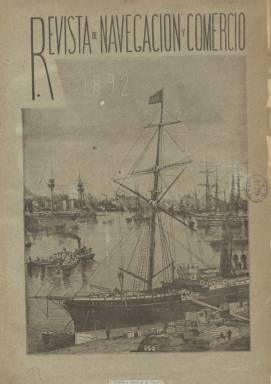
Título: Revista de navegación y comercio
Colección: Navegación
Ámbito geográfico: Madrid
Lugar de publicación: Madrid
Fechas: 10/01/1892-30/12/1899

Publicación especializada en la marina mercante y militar y el comercio marítimo, que comienza a publicarse en 1889, en un momento en el que la construcción naval española ha alcanzado una relativa prosperidad. La colección de la BNE se inicia en su cuarto año de edición, cuando lleva a cabo una serie de mejoras, como la de dotarse de una sección específica para dar cuenta de los asuntos y graves problemas internacionales que afectan a la navegación.

Es dirigida por el escritor santanderino José Díaz de Quijano, y publicará una sección o Boletín de la Compañía Trasatlántica, por lo que se ha considerado a la revista como órgano oficioso de la citada empresa. En 1892 aparece los días 10, 20 y 30 de cada mes; en 1893 aparecerá el día quince de cada mes, y al año siguiente, los días 15 y 30. Dependiendo de su periodicidad, su paginación será distinta, desde las 16 hasta las 48 páginas.

Publica interesantes trabajos biográficos, técnicos, estadísticos, de legislación de navegación, tanto nacional como internacional, geografía comercial, bibliografía marítima, noticias comerciales y de navegación y variedades. Destacan también sus ilustraciones, fotografías de buques y sus máquinas, planos, mapas, retratos, puertos, astilleros y aparatos e inventos marítimos, así como reproducciones artísticas referentes al mundo naval y marítimo. Algunas de ellas en policromía.

Dispone de cubiertas ilustradas e inserta anuncios comerciales. También ofrece artículos descriptivos de los principales astilleros del mundo, con vistas y planos de los mismos, y ofrece unos cuadernos aparte con la Guía marítimo mercantil de los puertos de la península ibérica, de José Ricart Giralt. Cada número comienza con un sumario, y en 1894 ofrece un índice.

Cuenta con un nutrido número de colaboradores, especialistas en la navegación marítima, y entre sus firmas aparecen, además de la del citado Ricart Giralt, las de Juan A Molinas, E. Bonelli, Federico Montaldo, F. González Arias, G. Reparaz o Antonio Terry; publicando también textos narrativos de Alfonso Daudet, junto a otros más asimismo de carácter literario.

Tras publicar su número 286, correspondiente al 30 de diciembre de 1899, el 15 de enero de 1900 será absorbida por Mundo naval (1897-1901), pasando Revista de navegación y comercio a formar su subtítulo.